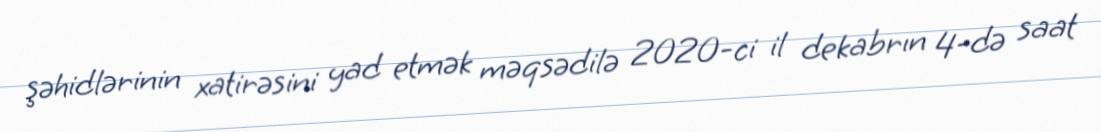
şəhidlərinin xatirəsini yad etmək məqsədilə 2020-ci il dekabrın 4-də saat